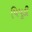
પિપૂડી